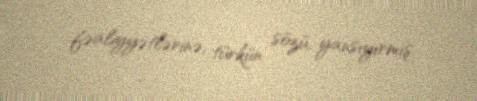
fəaliyyətlərinə, türkün sözü, yansıyırmış.